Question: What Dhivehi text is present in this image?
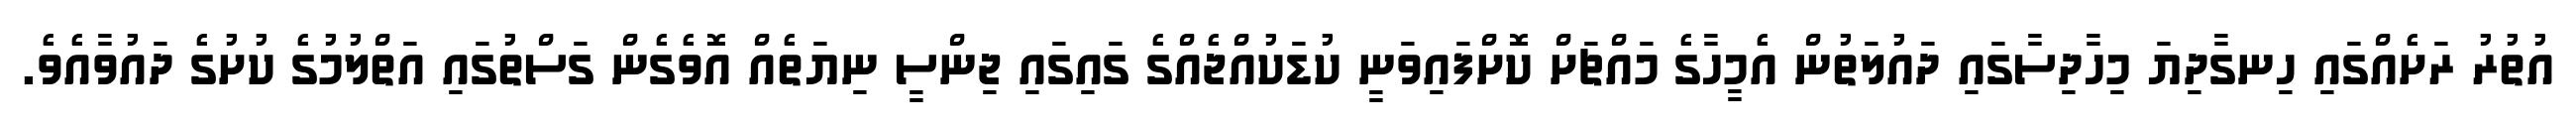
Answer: އުތުރު ރަށެއްގައި ހިނގާދިޔަ މިހާދިސާގައި ދައުލަތުން އެމީހާގެ މައްޗަށް ކޮށްފައިވަނީ ކުޑަކުއްޖެއްގެ ގައިގައި ޖިންސީ ނިޔަތެއް އޮވެގެން ގަސްތުގައި އަތްލުމުގެ ކުށުގެ ދައުވާއެވެ.